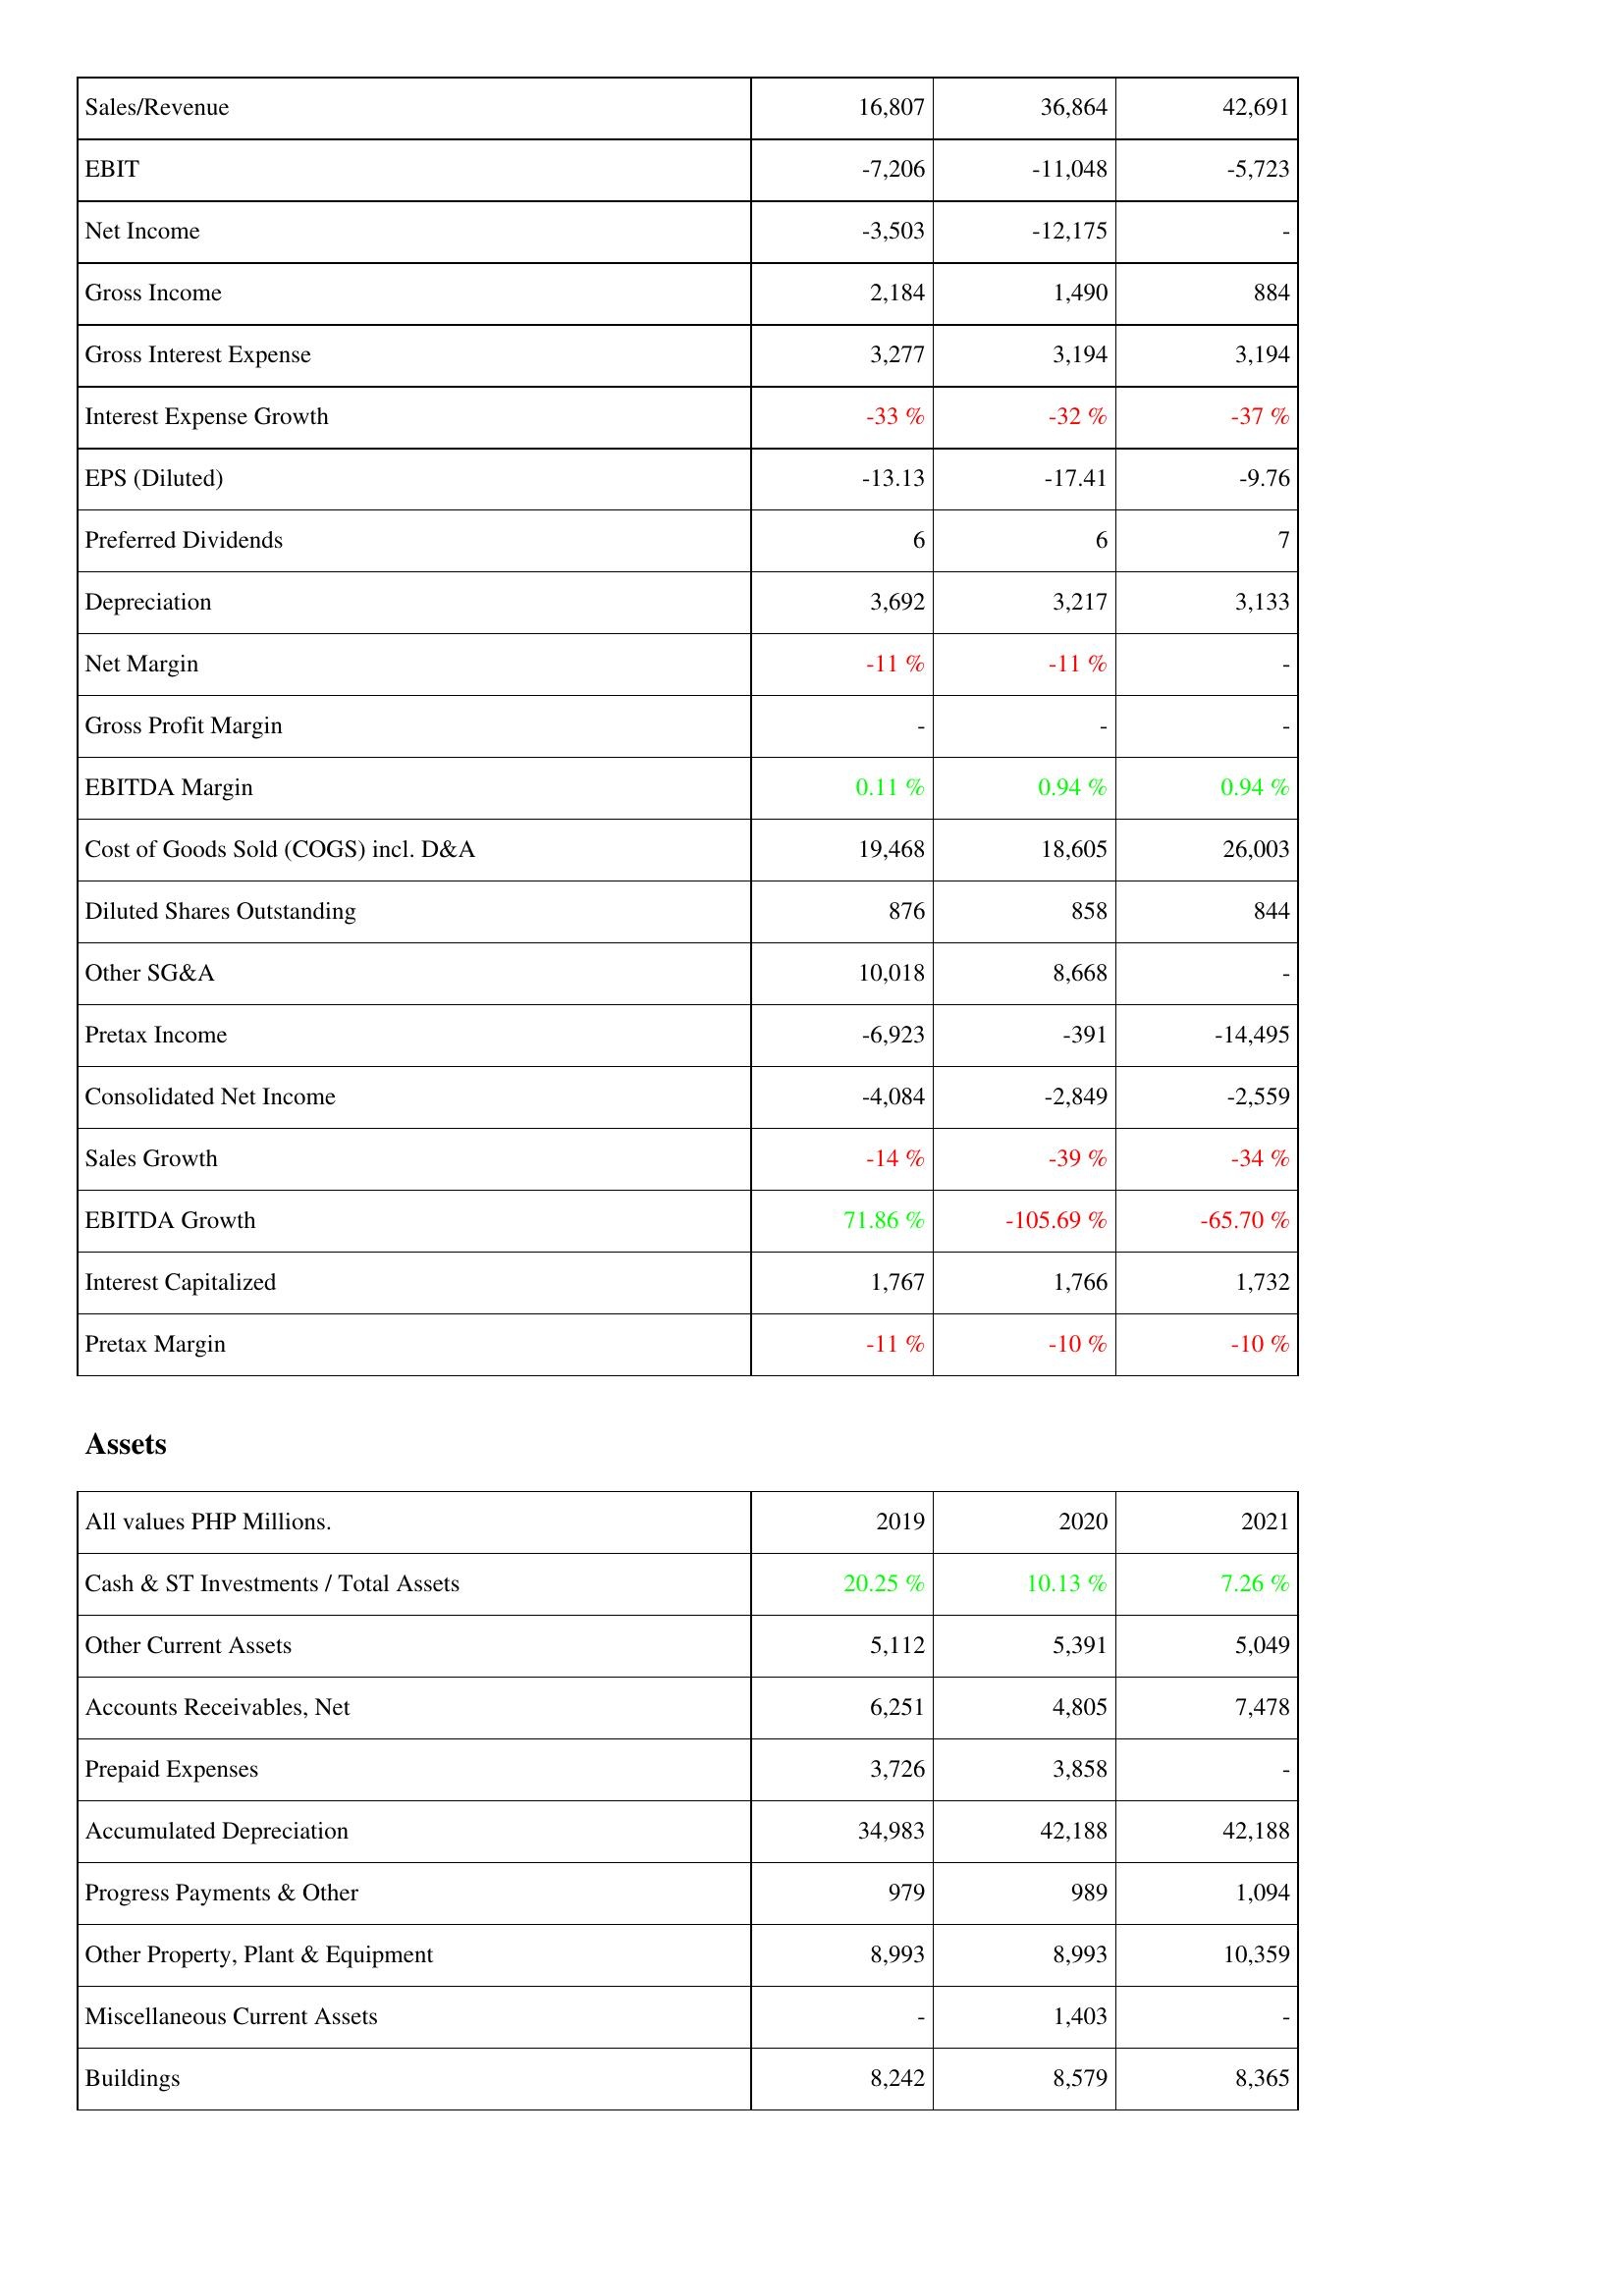
2019: Income Statement: Sales/Revenue: 16,807
EBIT: -7,206
Net Income: -3,503
Gross Income: 2,184
Gross Interest Expense: 3,277
Interest Expense Growth: -33 %
EPS (Diluted): -13.13
Preferred Dividends: 6
Depreciation: 3,692
Net Margin: -11 %
Gross Profit Margin: -
EBITDA Margin: 0.11 %
Cost of Goods Sold (COGS) incl. D&A: 19,468
Diluted Shares Outstanding: 876
Other SG&A: 10,018
Pretax Income: -6,923
Consolidated Net Income: -4,084
Sales Growth: -14 %
EBITDA Growth: 71.86 %
Interest Capitalized: 1,767
Pretax Margin: -11 %
Assets: Cash & ST Investments / Total Assets: 20.25 %
Other Current Assets: 5,112
Accounts Receivables, Net: 6,251
Prepaid Expenses: 3,726
Accumulated Depreciation: 34,983
Progress Payments & Other: 979
Other Property, Plant & Equipment: 8,993
Miscellaneous Current Assets: -
Buildings: 8,242
2020: Income Statement: Sales/Revenue: 36,864
EBIT: -11,048
Net Income: -12,175
Gross Income: 1,490
Gross Interest Expense: 3,194
Interest Expense Growth: -32 %
EPS (Diluted): -17.41
Preferred Dividends: 6
Depreciation: 3,217
Net Margin: -11 %
Gross Profit Margin: -
EBITDA Margin: 0.94 %
Cost of Goods Sold (COGS) incl. D&A: 18,605
Diluted Shares Outstanding: 858
Other SG&A: 8,668
Pretax Income: -391
Consolidated Net Income: -2,849
Sales Growth: -39 %
EBITDA Growth: -105.69 %
Interest Capitalized: 1,766
Pretax Margin: -10 %
Assets: Cash & ST Investments / Total Assets: 10.13 %
Other Current Assets: 5,391
Accounts Receivables, Net: 4,805
Prepaid Expenses: 3,858
Accumulated Depreciation: 42,188
Progress Payments & Other: 989
Other Property, Plant & Equipment: 8,993
Miscellaneous Current Assets: 1,403
Buildings: 8,579
2021: Income Statement: Sales/Revenue: 42,691
EBIT: -5,723
Net Income: -
Gross Income: 884
Gross Interest Expense: 3,194
Interest Expense Growth: -37 %
EPS (Diluted): -9.76
Preferred Dividends: 7
Depreciation: 3,133
Net Margin: -
Gross Profit Margin: -
EBITDA Margin: 0.94 %
Cost of Goods Sold (COGS) incl. D&A: 26,003
Diluted Shares Outstanding: 844
Other SG&A: -
Pretax Income: -14,495
Consolidated Net Income: -2,559
Sales Growth: -34 %
EBITDA Growth: -65.70 %
Interest Capitalized: 1,732
Pretax Margin: -10 %
Assets: Cash & ST Investments / Total Assets: 7.26 %
Other Current Assets: 5,049
Accounts Receivables, Net: 7,478
Prepaid Expenses: -
Accumulated Depreciation: 42,188
Progress Payments & Other: 1,094
Other Property, Plant & Equipment: 10,359
Miscellaneous Current Assets: -
Buildings: 8,365